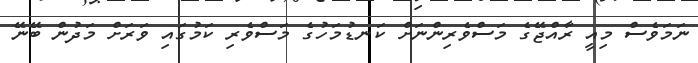
ނަމަވެސް މިއީ ރާއްޖޭގެ މަސްވެރިންނަށް ކަނޑުމަހުގެ މަސްވެރި ކަމުގައި ވަރަށް މަދުން ބޭނޭ